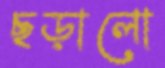
ছড়ালো